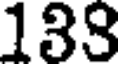
138